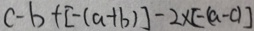
c - b + [ - ( a + b ) ] - 2 \times [ - ( a - c ) ]